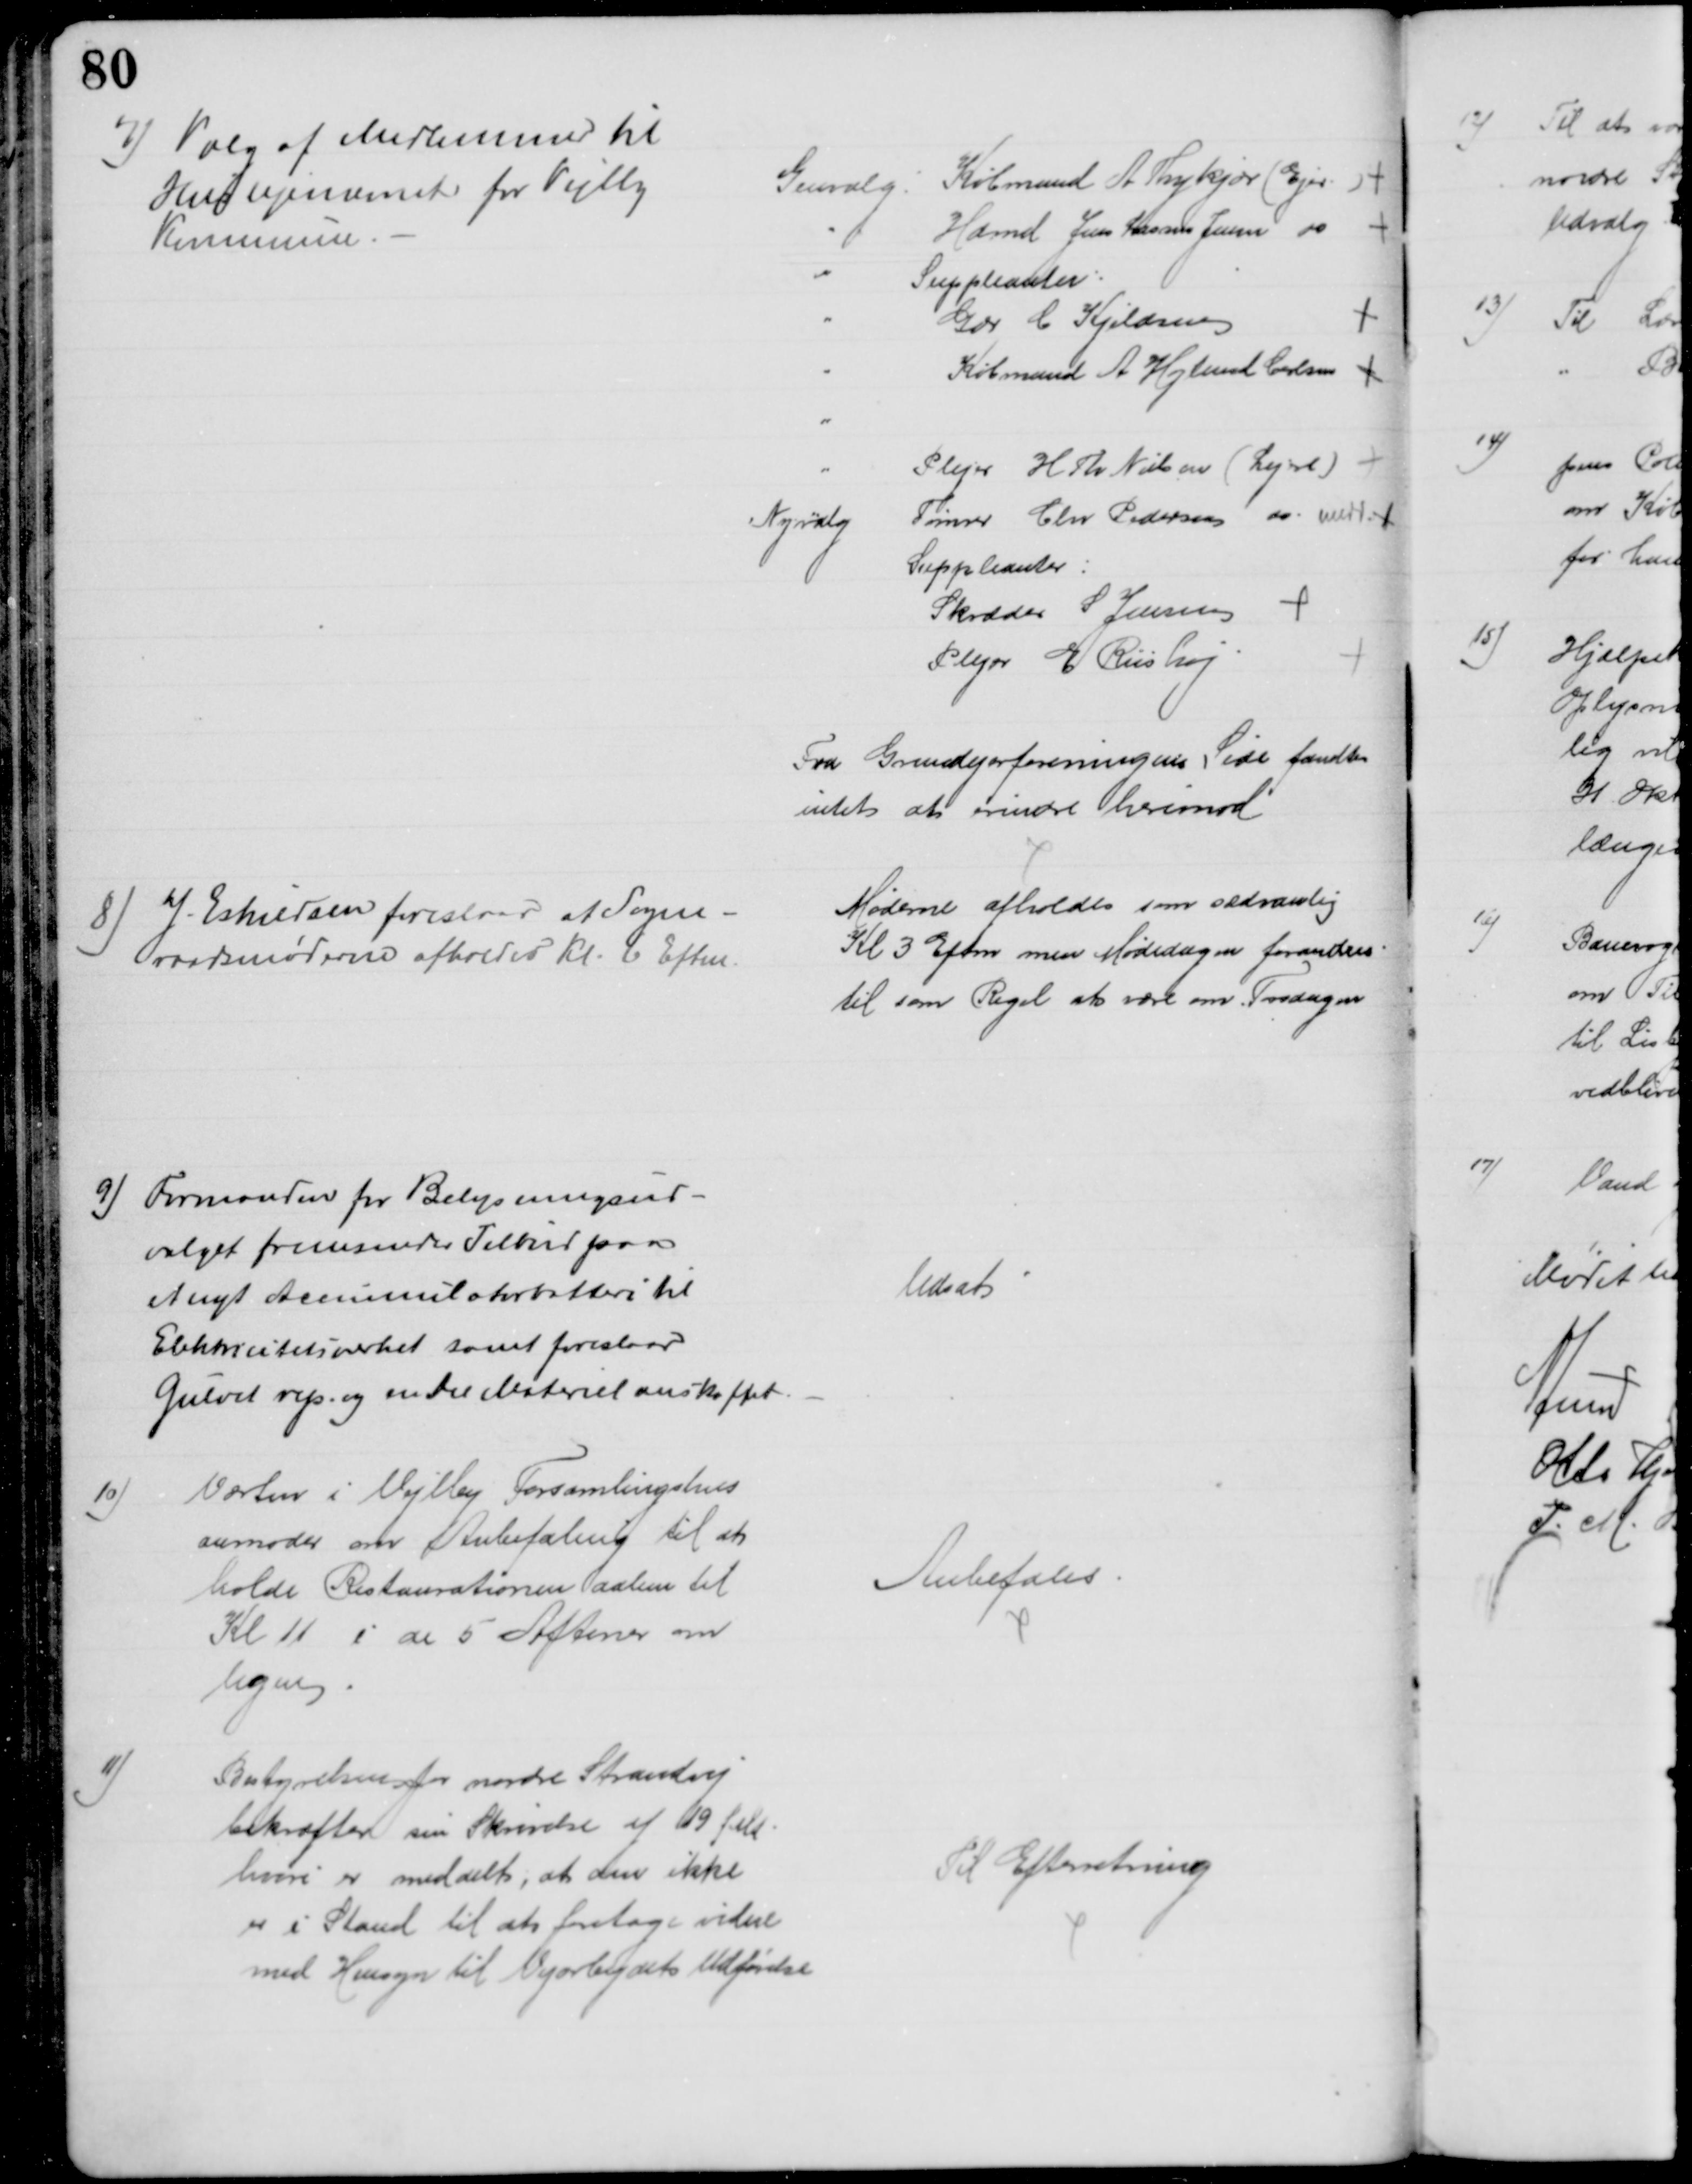
Transskription:
7) Valg af Medlemmer til
Huslejenævnet for Vejlby
Kommune.
Genvalg:
Købmand A Thykjær (Ejer)
Hdmd Jens Lassen Jensen do
Suppleanter:
Gdr C Kjeldsen
Købmand A Højlund Carlsen
Plejer H Th Nielsen (Lejere)
Nyvalg
Tømrer Chr Pedersen do medd.
Suppleanter:
Skræder S Jensen
Plejer E Riishøj
Fra Grundejerforeningens Side fandtes
intet at erindre herimod
8) J. Eskildsen foreslaar at Sogne-
raadsmøderne afholdes Kl. 6 Eftm.
Møderne afholdes som sædvanlig
Kl 3 Eftm men Mødedagen forandres
til som Regel at være om Tirsdagen
9) Formanden for Belysningsud-
valget fremsender Tilbud paa
et nyt Accumulatorbatteri til
Elektricitetsværket samt foreslaar
Gulvet rep. og en Del Materiel anskaffet.
Udsat
10)
Værten i Vejlby Forsamlingshus
anmoder om Anbefaling til at
holde Restaurationen aaben til
Kl 11 i de 5 Aftener om
Ugen
Anbefales
11)
Bestyrelsen for nordre Strandvej
bekræfter sin Skrivelse af 19 f. Md. 
hvori er meddelt, at den ikke
er i Stand til at foretage videre
med Hensyn til Vejarbejdets Udførelse
Til Efterretning